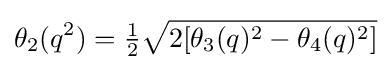
\theta _{2}(q^{2})={\tfrac {1}{2}}{\sqrt {2[\theta _{3}(q)^{2}-\theta _{4}(q)^{2}]}}